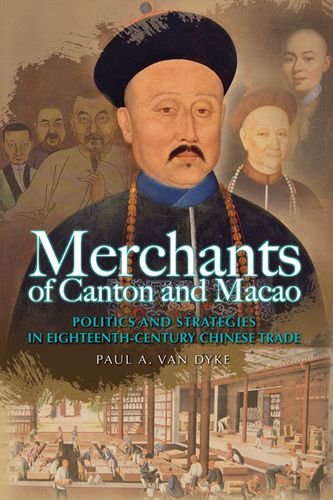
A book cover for Merchants of Canton and Macao: Politics and Strategies in Eighteenth-Century Chinese Trade; Paul A. Van Dyke; History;